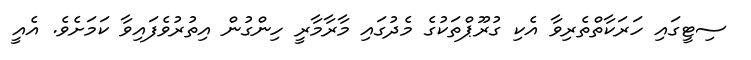
ސިޓީގައި ހަރަކާތްތެރިވާ އެކި ގުރޫޕްތަކުގެ މެދުގައި މާރާމާރީ ހިންގުން އިތުރުވެފައިވާ ކަަމަށެވެ. އެއީ